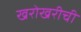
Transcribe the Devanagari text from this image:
खरोखरीची